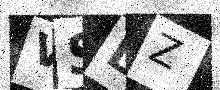
Text: VSLZ